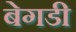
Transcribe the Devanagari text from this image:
बेगडी